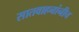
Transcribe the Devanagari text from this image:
सातवाहनांनीच